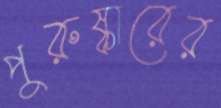
পুরুষ্কারের